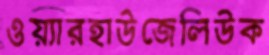
ওয়্যারহাউজেলিউক